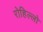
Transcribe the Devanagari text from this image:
रोहिल्लो